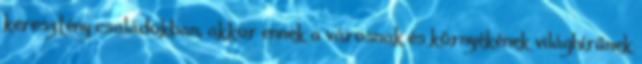
keresztény családokban, akkor ennek a városnak és környékének világhírűnek